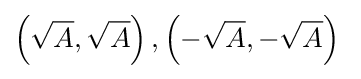
\left({\sqrt {A}},{\sqrt {A}}\right),\left(-{\sqrt {A}},-{\sqrt {A}}\right)\;